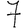
Digit: 7